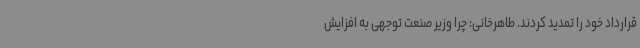
قرارداد خود را تمدید کردند. طاهرخانی: چرا وزیر صنعت توجهی به افزایش